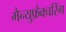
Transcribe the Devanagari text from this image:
मैन्युफ़ैक्चरिंग